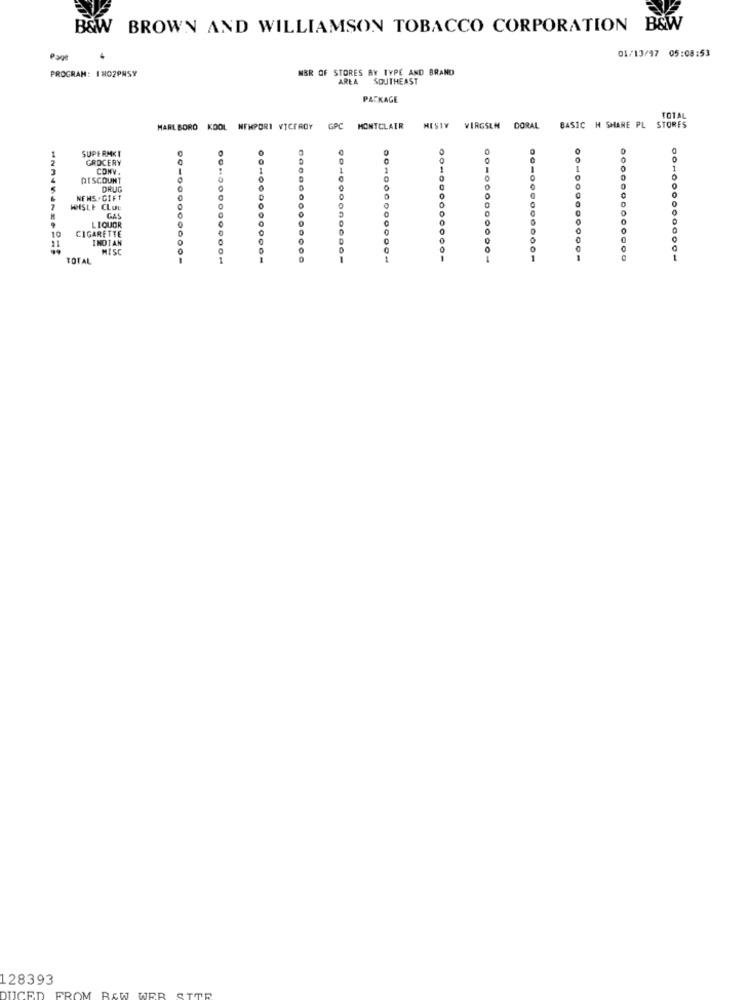
B&W BROWN AND WILLIAMSON TOBACCO CORPORATION B&W
01/13/97 05:08:53
Page
PROGRAM: IRO2PRSY
NBR OF STORES BY TYPE AND BRAND
AREA SOUTHEAST
PACKAGE
TOTAL
MARLBORO KOOL NEWPORT VICEROY G
MONTCLAIR
NESTY
VIRGSEN DORAL
BASIC H SHARE PL
STORES
SUPERMKT
2
GROCERY
CONV.
1
DISCOUNT
DRUG
0
NFHS-GIFT
WHISLE CLUE
LIQUOR
10
CIGARETTE
11
INDIAN
MISC
TOTAL
00⑉000000000-
010000000001
001000000006-
00⑉000000000-
0040000000001
128393
DUCED
FROM RAW WER STER